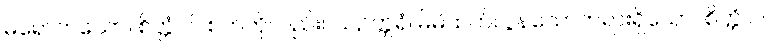
မရောက်သော။ စိတ္တံ ဝါ၊ စတ်ကိုလည်း။ သဥတ္တရံ၊ မိမိထက်လွန်သောတရားရှိသော။ စိတ္တံ ဝါ၊